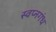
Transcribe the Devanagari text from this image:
स्वप्नगंध